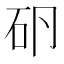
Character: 𰦤